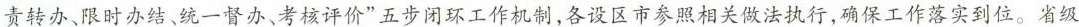
责转办、限时办结、统一督办、考核评价”五步闭环工作机制，各设区市参照相关做法执行，确保工作落实到位。省级